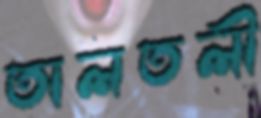
তালতলী